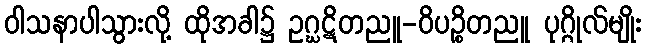
ဝါသနာပါသွားလို့ ထိုအခါ၌ ဥဂ္ဃဋိတညူ-ဝိပဉ္စိတညူ ပုဂ္ဂိုလ်မျိုး